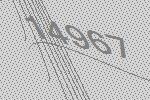
14967